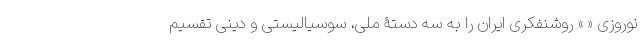
نوروزی « » روشنفکری ایران را به سه دستۀ ملی، سوسیالیستی و دینی تقسیم